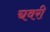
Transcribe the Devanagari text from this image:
चवरी